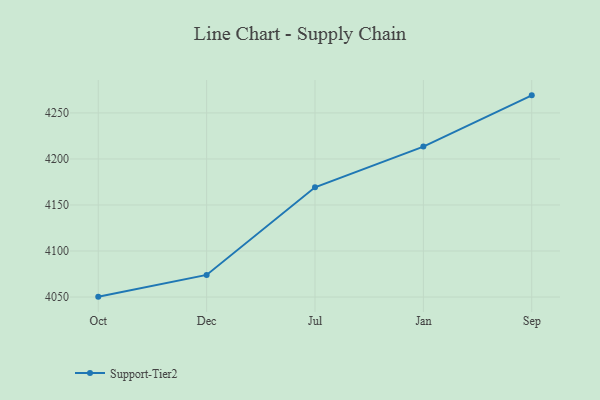
{"axis": {"x": "Month", "y": "Shipments"}, "legend": ["Support-Tier2"], "data": [{"x": "Oct", "y": 4050.4, "type": "Support-Tier2"}, {"x": "Dec", "y": 4074.0, "type": "Support-Tier2"}, {"x": "Jul", "y": 4169.2, "type": "Support-Tier2"}, {"x": "Jan", "y": 4213.4, "type": "Support-Tier2"}, {"x": "Sep", "y": 4269.1, "type": "Support-Tier2"}]}